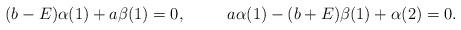
LaTeX: \begin{align*}(b - E) \alpha(1) + a \beta(1) & = 0, &a \alpha(1) - (b + E)\beta(1) + \alpha(2) &= 0.\end{align*}